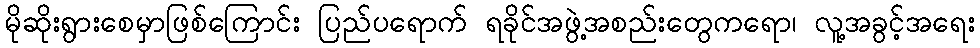
မိုဆိုးရွားစေမှာဖြစ်ကြောင်း ပြည်ပရောက် ရခိုင်အဖွဲ့အစည်းတွေကရော၊ လူ့အခွင့်အရေး